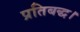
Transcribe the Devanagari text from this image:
प्रतिबद्ध।